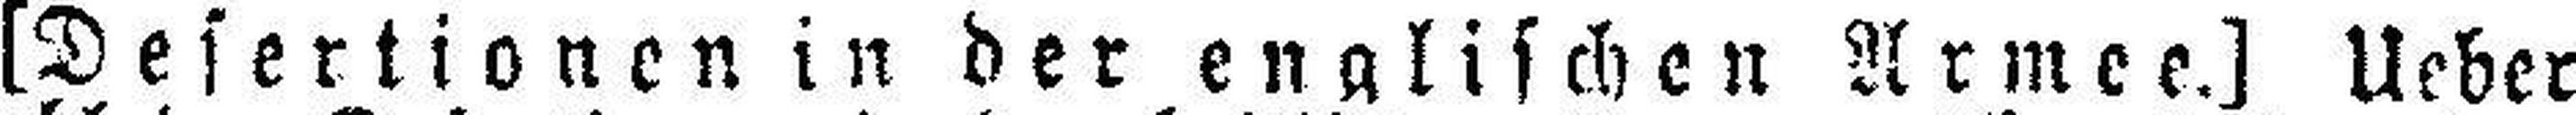
[Desertionen in der englischen Armee.) Ueber